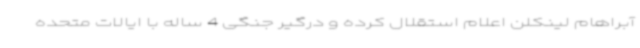
آبراهام لینکلن اعلام استقلال کرده و درگیر جنگی 4 ساله با ایالات متحده